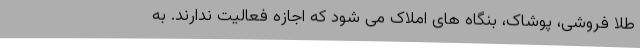
طلا فروشی، پوشاک، بنگاه های املاک می شود که اجازه فعالیت ندارند. به